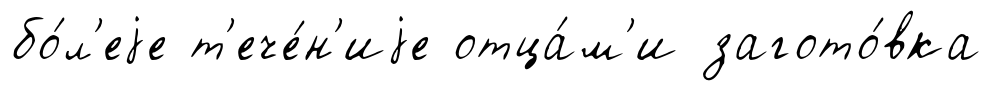
бо́л'еjе т'ече́н'иjе отца́м'и загото́вка